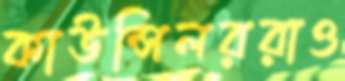
কাউন্সিলররাও